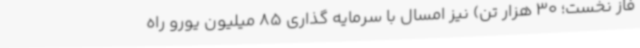
فاز نخست؛ 30 هزار تن) نیز امسال با سرمایه گذاری 85 میلیون یورو راه